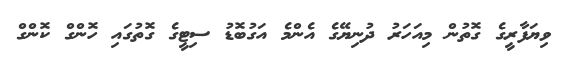
ވިޔަފާރީގެ ގޮތުން މިއަހަރު ދުނިޔޭގެ އެންމެ އަގުބޮޑު ސިޓީގެ ގޮތުގައި ހޮންގް ކޮންގް